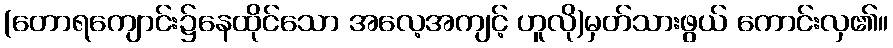
(တောရကျောင်း၌နေထိုင်သော အလေ့အကျင့် ဟူလို)မှတ်သားဖွယ် ကောင်းလှ၏။